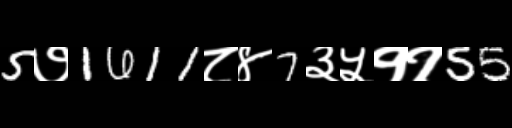
Text: 5७1611८४7३५११55